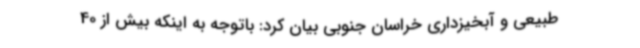
طبیعی و آبخیزداری خراسان جنوبی بیان کرد: باتوجه به اینکه بیش از 40